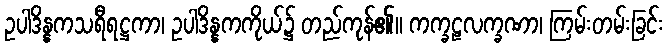
ဥပါဒိန္နကသရီရဋ္ဌကာ၊ ဥပါဒိန္နကကိုယ်၌ တည်ကုန်၏။ ကက္ခဠလက္ခဏာ၊ ကြမ်းတမ်းခြင်း